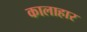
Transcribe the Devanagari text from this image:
कालाहार